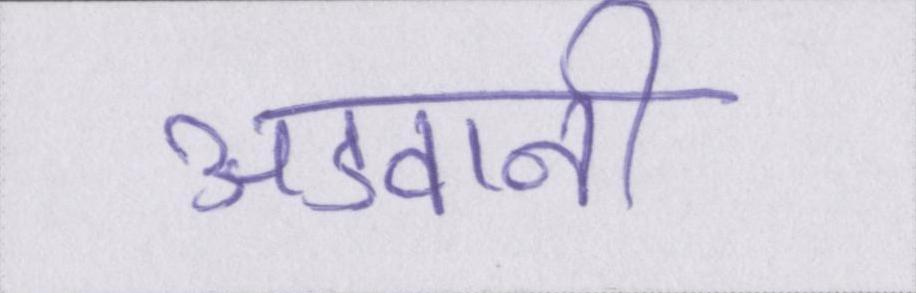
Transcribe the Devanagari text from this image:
अडवानी